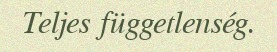
Teljes függetlenség.